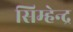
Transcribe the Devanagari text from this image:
सिम्हेन्द्र